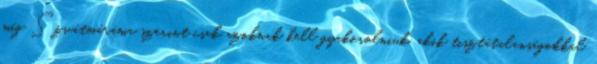
míg Szvátmáráma szerint csak azoknak kell gyakorolniuk, akik tisztátalanságokkal